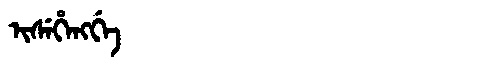
Manchu: ᡳᠰᡝᡥᡝᠩᡤᡝ
Romanization: ISEHENGGE